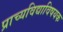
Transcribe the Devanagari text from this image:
प्राच्यविद्याविषयक